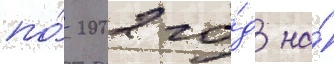
по́ 2002 го́д на́